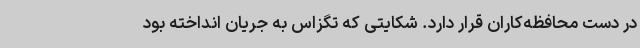
در دست محافظه‌کاران قرار دارد. شکایتی که تگزاس به جریان انداخته بود